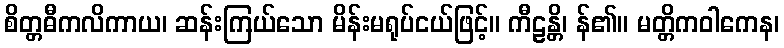
စိတ္တဓီကလိကာယ၊ ဆန်းကြယ်သော မိန်းမရုပ်ငယ်ဖြင့်။ ကီဠန္တိ၊ န်၏။ မတ္တိကဝါကေန၊